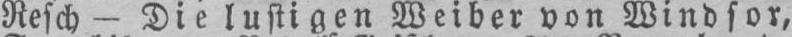
Resch - Die lustigen Weiber von Windsor,